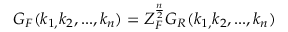
G _ { F } ( k _ { 1 , } k _ { 2 } , . . . , k _ { n } ) = Z _ { F } ^ { \frac n 2 } G _ { R } ( k _ { 1 , } k _ { 2 } , . . . , k _ { n } )